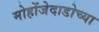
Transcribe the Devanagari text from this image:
मोहोंजेदाडोच्या